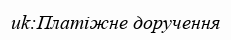
uk:Платіжне доручення